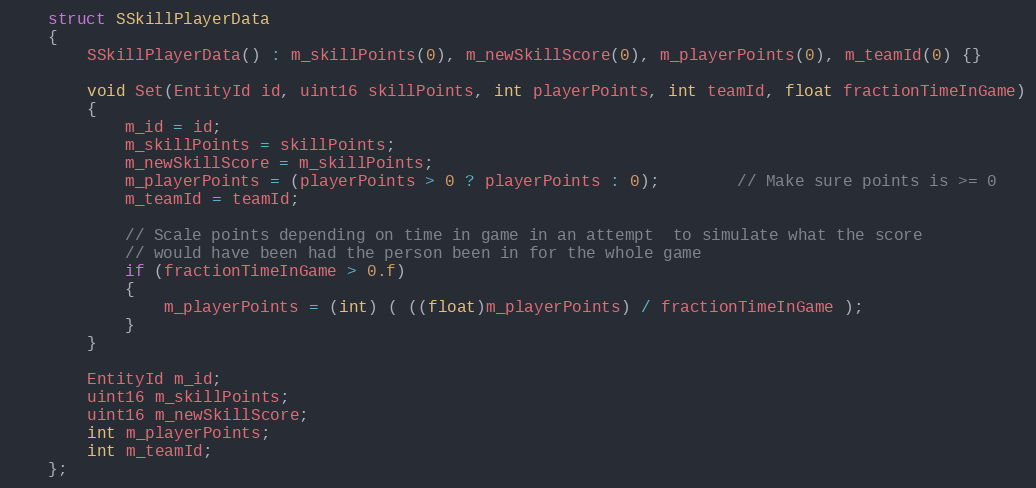
Language: C
	struct SSkillPlayerData
	{
		SSkillPlayerData() : m_skillPoints(0), m_newSkillScore(0), m_playerPoints(0), m_teamId(0) {}

		void Set(EntityId id, uint16 skillPoints, int playerPoints, int teamId, float fractionTimeInGame)
		{
			m_id = id;
			m_skillPoints = skillPoints;
			m_newSkillScore = m_skillPoints;
			m_playerPoints = (playerPoints > 0 ? playerPoints : 0);		// Make sure points is >= 0
			m_teamId = teamId;

			// Scale points depending on time in game in an attempt  to simulate what the score
			// would have been had the person been in for the whole game
			if (fractionTimeInGame > 0.f)
			{
				m_playerPoints = (int) ( ((float)m_playerPoints) / fractionTimeInGame );
			}
		}

		EntityId m_id;
		uint16 m_skillPoints;
		uint16 m_newSkillScore;
		int m_playerPoints;
		int m_teamId;
	};